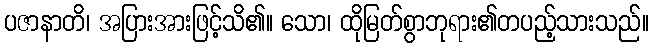
ပဇာနာတိ၊ အပြားအားဖြင့်သိ၏။ သော၊ ထိုမြတ်စွာဘုရား၏တပည့်သားသည်။